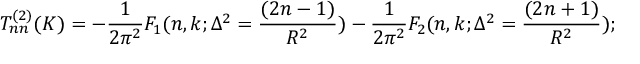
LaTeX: T _ { n n } ^ { ( 2 ) } ( K ) = - \frac { 1 } { 2 \pi ^ { 2 } } F _ { 1 } ( n , k ; \Delta ^ { 2 } = \frac { ( 2 n - 1 ) } { R ^ { 2 } } ) - \frac { 1 } { 2 \pi ^ { 2 } } F _ { 2 } ( n , k ; \Delta ^ { 2 } = \frac { ( 2 n + 1 ) } { R ^ { 2 } } ) ;